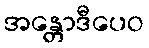
အန္တောဒီပေဝ